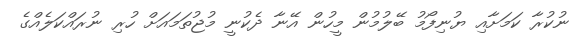
ނުކުރާ ކަމަށާއި ޔުނިފޯމު ބޭލުމުން މީހުން އޭނާ ދެކުނީ މުޖުތަމައަށް ހުރި ނުރައްކަލެއްގެ